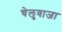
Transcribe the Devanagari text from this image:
चेलुवाजा